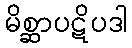
မိစ္ဆာပဋိပဒါ